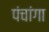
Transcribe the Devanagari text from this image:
पंचांगा